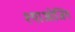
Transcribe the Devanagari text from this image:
श्याओजिंग